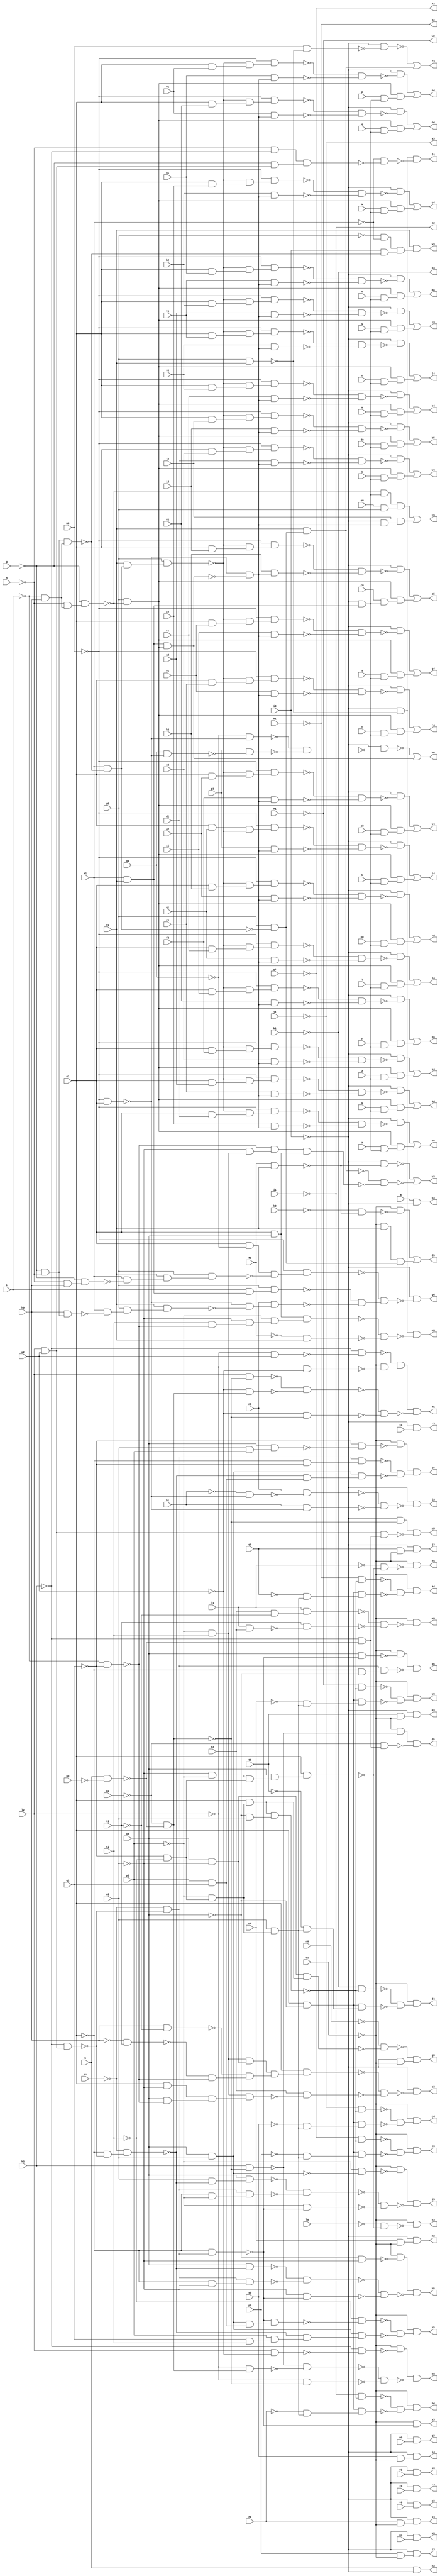
module x4 ( 
    a, b, g, h, i, k, l, m, n, o, p, q, r, s, t, u, v, w, x, y, z, a0, b0,
    c0, d0, e0, f0, g0, h0, i0, k0, l0, m0, n0, o0, p0, q0, r0, s0, t0, u0,
    v0, w0, x0, y0, z0, a1, b1, c1, d1, e1, f1, g1, h1, i1, j1, k1, l1, m1,
    n1, o1, p1, q1, r1, s1, t1, u1, v1, w1, x1, y1, z1, a2, b2, c2, d2, e2,
    f2, g2, h2, i2, j2, k2, l2, m2, n2, o2, p2, q2, r2, s2, t2, u2, v2,
    w2, x2, y2, z2, a3, b3, c3, d3, e3, f3, g3, h3, i3, j3, k3, l3, m3, n3,
    o3, p3, q3, r3, s3, t3, u3, v3, w3, x3, y3, z3, a4, b4, c4, d4, e4, f4,
    g4, h4, i4, j4, k4, l4, m4, n4, o4, p4, q4, r4, s4, t4, u4, v4, w4, x4,
    y4, z4, a5, b5, c5, d5, e5, f5, g5, h5, i5, j5, k5, l5, m5, n5, o5  );
  input  a, b, g, h, i, k, l, m, n, o, p, q, r, s, t, u, v, w, x, y, z,
    a0, b0, c0, d0, e0, f0, g0, h0, i0, k0, l0, m0, n0, o0, p0, q0, r0, s0,
    t0, u0, v0, w0, x0, y0, z0, a1, b1, c1, d1, e1, f1, g1, h1, i1, j1, k1,
    l1, m1, n1, o1, p1, q1, r1, s1, t1, u1, v1, w1, x1, y1, z1, a2, b2, c2,
    d2, e2, f2, g2, h2, i2, j2, k2, l2, m2, n2, o2, p2, q2, r2, s2, t2, u2,
    v2;
  output w2, x2, y2, z2, a3, b3, c3, d3, e3, f3, g3, h3, i3, j3, k3, l3, m3,
    n3, o3, p3, q3, r3, s3, t3, u3, v3, w3, x3, y3, z3, a4, b4, c4, d4, e4,
    f4, g4, h4, i4, j4, k4, l4, m4, n4, o4, p4, q4, r4, s4, t4, u4, v4, w4,
    x4, y4, z4, a5, b5, c5, d5, e5, f5, g5, h5, i5, j5, k5, l5, m5, n5, o5;
  wire new_n166_, new_n167_, new_n168_, new_n169_, new_n170_, new_n171_,
    new_n172_, new_n173_, new_n174_, new_n175_, new_n176_, new_n177_,
    new_n178_, new_n179_, new_n180_, new_n181_, new_n183_, new_n184_,
    new_n185_, new_n186_, new_n187_, new_n188_, new_n189_, new_n190_,
    new_n191_, new_n192_, new_n194_, new_n195_, new_n196_, new_n197_,
    new_n198_, new_n199_, new_n201_, new_n202_, new_n203_, new_n204_,
    new_n206_, new_n207_, new_n208_, new_n209_, new_n210_, new_n212_,
    new_n214_, new_n216_, new_n218_, new_n220_, new_n222_, new_n232_,
    new_n233_, new_n234_, new_n235_, new_n236_, new_n237_, new_n239_,
    new_n240_, new_n241_, new_n243_, new_n244_, new_n245_, new_n246_,
    new_n248_, new_n249_, new_n250_, new_n251_, new_n252_, new_n253_,
    new_n254_, new_n255_, new_n257_, new_n258_, new_n259_, new_n260_,
    new_n262_, new_n263_, new_n264_, new_n265_, new_n267_, new_n268_,
    new_n269_, new_n270_, new_n272_, new_n273_, new_n274_, new_n275_,
    new_n277_, new_n278_, new_n279_, new_n280_, new_n282_, new_n284_,
    new_n285_, new_n286_, new_n287_, new_n288_, new_n290_, new_n291_,
    new_n292_, new_n293_, new_n294_, new_n295_, new_n296_, new_n297_,
    new_n298_, new_n299_, new_n300_, new_n301_, new_n302_, new_n303_,
    new_n304_, new_n305_, new_n306_, new_n307_, new_n308_, new_n309_,
    new_n311_, new_n312_, new_n313_, new_n314_, new_n315_, new_n316_,
    new_n317_, new_n318_, new_n319_, new_n321_, new_n322_, new_n323_,
    new_n324_, new_n325_, new_n326_, new_n327_, new_n328_, new_n329_,
    new_n330_, new_n331_, new_n332_, new_n334_, new_n335_, new_n336_,
    new_n337_, new_n338_, new_n339_, new_n340_, new_n341_, new_n343_,
    new_n344_, new_n345_, new_n346_, new_n347_, new_n348_, new_n349_,
    new_n350_, new_n352_, new_n353_, new_n354_, new_n355_, new_n356_,
    new_n357_, new_n358_, new_n359_, new_n361_, new_n362_, new_n363_,
    new_n364_, new_n365_, new_n366_, new_n367_, new_n368_, new_n370_,
    new_n371_, new_n372_, new_n373_, new_n374_, new_n375_, new_n376_,
    new_n377_, new_n379_, new_n380_, new_n381_, new_n382_, new_n383_,
    new_n384_, new_n385_, new_n386_, new_n388_, new_n389_, new_n390_,
    new_n391_, new_n392_, new_n393_, new_n394_, new_n395_, new_n397_,
    new_n398_, new_n399_, new_n400_, new_n401_, new_n402_, new_n403_,
    new_n404_, new_n406_, new_n407_, new_n408_, new_n409_, new_n410_,
    new_n411_, new_n412_, new_n413_, new_n415_, new_n416_, new_n417_,
    new_n418_, new_n419_, new_n420_, new_n421_, new_n422_, new_n424_,
    new_n425_, new_n426_, new_n427_, new_n428_, new_n429_, new_n430_,
    new_n431_, new_n433_, new_n434_, new_n435_, new_n436_, new_n437_,
    new_n438_, new_n439_, new_n440_, new_n442_, new_n443_, new_n444_,
    new_n445_, new_n446_, new_n447_, new_n448_, new_n449_, new_n451_,
    new_n452_, new_n453_, new_n454_, new_n455_, new_n456_, new_n457_,
    new_n458_, new_n460_, new_n461_, new_n462_, new_n463_, new_n464_,
    new_n465_, new_n466_, new_n467_, new_n469_, new_n470_, new_n471_,
    new_n472_, new_n473_, new_n474_, new_n475_, new_n476_, new_n478_,
    new_n479_, new_n480_, new_n481_, new_n482_, new_n483_, new_n484_,
    new_n485_, new_n487_, new_n488_, new_n489_, new_n490_, new_n491_,
    new_n492_, new_n493_, new_n494_, new_n496_, new_n497_, new_n498_,
    new_n499_, new_n500_, new_n501_, new_n502_, new_n503_, new_n505_,
    new_n506_, new_n507_, new_n508_, new_n509_, new_n511_, new_n512_,
    new_n513_, new_n514_, new_n515_, new_n516_, new_n518_, new_n519_,
    new_n520_, new_n521_, new_n522_, new_n523_, new_n524_, new_n526_,
    new_n527_, new_n528_, new_n529_, new_n530_, new_n531_, new_n532_,
    new_n533_, new_n534_, new_n535_, new_n537_, new_n538_, new_n539_,
    new_n540_, new_n542_, new_n543_, new_n544_, new_n545_, new_n546_,
    new_n547_, new_n548_, new_n549_, new_n550_, new_n551_, new_n553_,
    new_n554_, new_n555_, new_n556_, new_n557_, new_n558_, new_n559_,
    new_n560_, new_n561_, new_n562_, new_n564_, new_n565_, new_n566_,
    new_n567_, new_n568_, new_n569_, new_n570_, new_n571_, new_n572_,
    new_n573_, new_n575_, new_n576_, new_n577_, new_n578_, new_n579_,
    new_n580_, new_n581_, new_n582_, new_n584_, new_n585_, new_n586_,
    new_n587_, new_n589_, new_n590_, new_n591_, new_n592_, new_n593_,
    new_n595_, new_n596_, new_n598_, new_n599_, new_n600_, new_n601_,
    new_n602_, new_n603_;
  assign new_n166_ = ~p2 & r2;
  assign new_n167_ = n2 & ~o2;
  assign new_n168_ = new_n166_ & new_n167_;
  assign new_n169_ = h0 & ~t2;
  assign new_n170_ = ~h0 & t2;
  assign new_n171_ = ~i & ~q2;
  assign new_n172_ = ~new_n170_ & ~new_n171_;
  assign new_n173_ = ~new_n169_ & new_n172_;
  assign new_n174_ = e1 & ~o2;
  assign new_n175_ = n2 & ~new_n171_;
  assign new_n176_ = new_n174_ & new_n175_;
  assign new_n177_ = new_n166_ & new_n176_;
  assign new_n178_ = new_n168_ & new_n173_;
  assign new_n179_ = e1 & new_n178_;
  assign new_n180_ = s2 & ~new_n177_;
  assign new_n181_ = ~new_n179_ & ~new_n180_;
  assign c3 = ~i0 & ~new_n181_;
  assign new_n183_ = ~g & ~h;
  assign new_n184_ = ~i & h0;
  assign new_n185_ = new_n183_ & new_n184_;
  assign new_n186_ = m1 & ~new_n185_;
  assign new_n187_ = f0 & v2;
  assign new_n188_ = ~k0 & ~new_n187_;
  assign new_n189_ = ~c1 & ~new_n188_;
  assign new_n190_ = ~c1 & v2;
  assign new_n191_ = g0 & ~new_n186_;
  assign new_n192_ = new_n190_ & new_n191_;
  assign d3 = new_n189_ | new_n192_;
  assign new_n194_ = ~o2 & ~p2;
  assign new_n195_ = ~q2 & ~r2;
  assign new_n196_ = new_n194_ & new_n195_;
  assign new_n197_ = n2 & new_n196_;
  assign new_n198_ = e1 & new_n197_;
  assign new_n199_ = ~l0 & ~new_n198_;
  assign e3 = ~c1 & ~new_n199_;
  assign new_n201_ = g0 & v2;
  assign new_n202_ = m0 & ~new_n201_;
  assign new_n203_ = ~i0 & ~new_n202_;
  assign new_n204_ = v2 & new_n191_;
  assign f3 = ~new_n203_ | new_n204_;
  assign new_n206_ = ~p2 & new_n195_;
  assign new_n207_ = e1 & new_n206_;
  assign new_n208_ = new_n167_ & new_n207_;
  assign new_n209_ = ~n0 & ~new_n208_;
  assign new_n210_ = ~i0 & ~c1;
  assign g3 = ~new_n209_ & new_n210_;
  assign new_n212_ = o0 & ~c1;
  assign h3 = ~i0 & new_n212_;
  assign new_n214_ = p0 & ~c1;
  assign i3 = ~i0 & new_n214_;
  assign new_n216_ = q0 & ~c1;
  assign j3 = ~i0 & new_n216_;
  assign new_n218_ = r0 & ~c1;
  assign k3 = ~i0 & new_n218_;
  assign new_n220_ = s0 & ~c1;
  assign l3 = ~i0 & new_n220_;
  assign new_n222_ = t0 & ~c1;
  assign m3 = ~i0 & new_n222_;
  assign n3 = b & ~i0;
  assign o3 = a & ~i0;
  assign p3 = ~i0 & v0;
  assign q3 = ~i0 & w0;
  assign r3 = ~i0 & x0;
  assign s3 = ~i0 & y0;
  assign t3 = ~i0 & z0;
  assign u3 = ~i0 & a1;
  assign new_n232_ = ~o2 & new_n166_;
  assign new_n233_ = ~i0 & ~new_n187_;
  assign new_n234_ = ~new_n171_ & new_n232_;
  assign new_n235_ = e1 & n2;
  assign new_n236_ = new_n234_ & new_n235_;
  assign new_n237_ = ~new_n204_ & ~new_n236_;
  assign v3 = ~new_n233_ | ~new_n237_;
  assign new_n239_ = ~g0 & ~m1;
  assign new_n240_ = i0 & ~new_n185_;
  assign new_n241_ = new_n239_ & new_n240_;
  assign w3 = v2 & new_n241_;
  assign new_n243_ = l2 & m2;
  assign new_n244_ = ~k2 & new_n243_;
  assign new_n245_ = ~d1 & ~new_n244_;
  assign new_n246_ = ~e1 & new_n245_;
  assign x3 = ~c1 & ~new_n246_;
  assign new_n248_ = o2 & new_n206_;
  assign new_n249_ = ~n2 & o2;
  assign new_n250_ = new_n207_ & new_n249_;
  assign new_n251_ = ~f1 & ~new_n250_;
  assign new_n252_ = e1 & ~n2;
  assign new_n253_ = ~o0 & new_n248_;
  assign new_n254_ = new_n252_ & new_n253_;
  assign new_n255_ = ~new_n251_ & ~new_n254_;
  assign y3 = ~c1 & new_n255_;
  assign new_n257_ = ~g1 & ~new_n250_;
  assign new_n258_ = ~p0 & new_n248_;
  assign new_n259_ = new_n252_ & new_n258_;
  assign new_n260_ = ~new_n257_ & ~new_n259_;
  assign z3 = ~c1 & new_n260_;
  assign new_n262_ = ~h1 & ~new_n250_;
  assign new_n263_ = ~q0 & new_n248_;
  assign new_n264_ = new_n252_ & new_n263_;
  assign new_n265_ = ~new_n262_ & ~new_n264_;
  assign a4 = ~c1 & new_n265_;
  assign new_n267_ = ~i1 & ~new_n250_;
  assign new_n268_ = ~r0 & new_n248_;
  assign new_n269_ = new_n252_ & new_n268_;
  assign new_n270_ = ~new_n267_ & ~new_n269_;
  assign b4 = ~c1 & new_n270_;
  assign new_n272_ = ~j1 & ~new_n250_;
  assign new_n273_ = ~s0 & new_n248_;
  assign new_n274_ = new_n252_ & new_n273_;
  assign new_n275_ = ~new_n272_ & ~new_n274_;
  assign c4 = ~c1 & new_n275_;
  assign new_n277_ = ~k1 & ~new_n250_;
  assign new_n278_ = ~t0 & new_n248_;
  assign new_n279_ = new_n252_ & new_n278_;
  assign new_n280_ = ~new_n277_ & ~new_n279_;
  assign d4 = ~c1 & new_n280_;
  assign new_n282_ = ~l1 & ~new_n198_;
  assign e4 = ~c1 & ~new_n282_;
  assign new_n284_ = ~h & ~k2;
  assign new_n285_ = ~g & new_n243_;
  assign new_n286_ = new_n284_ & new_n285_;
  assign new_n287_ = ~i0 & ~new_n201_;
  assign new_n288_ = ~m1 & ~new_n286_;
  assign f4 = new_n287_ & ~new_n288_;
  assign new_n290_ = e1 & ~o1;
  assign new_n291_ = ~h & h0;
  assign new_n292_ = ~g & new_n291_;
  assign new_n293_ = m1 & ~new_n292_;
  assign new_n294_ = v2 & new_n293_;
  assign new_n295_ = g0 & new_n294_;
  assign new_n296_ = m1 & v2;
  assign new_n297_ = ~m0 & e1;
  assign new_n298_ = h0 & new_n183_;
  assign new_n299_ = m1 & ~new_n298_;
  assign new_n300_ = g0 & new_n299_;
  assign new_n301_ = v2 & new_n300_;
  assign new_n302_ = ~new_n297_ & ~new_n301_;
  assign new_n303_ = new_n290_ & ~new_n295_;
  assign new_n304_ = ~m0 & new_n303_;
  assign new_n305_ = i & new_n296_;
  assign new_n306_ = g0 & new_n305_;
  assign new_n307_ = n1 & new_n302_;
  assign new_n308_ = ~new_n306_ & ~new_n307_;
  assign new_n309_ = ~new_n304_ & new_n308_;
  assign g4 = ~i0 & ~new_n309_;
  assign new_n311_ = ~h & new_n184_;
  assign new_n312_ = ~g & new_n311_;
  assign new_n313_ = ~o1 & ~new_n297_;
  assign new_n314_ = o1 & ~new_n297_;
  assign new_n315_ = p1 & ~new_n314_;
  assign new_n316_ = ~new_n313_ & ~new_n315_;
  assign new_n317_ = ~i0 & ~new_n316_;
  assign new_n318_ = g0 & ~new_n312_;
  assign new_n319_ = new_n296_ & new_n318_;
  assign h4 = ~new_n317_ | new_n319_;
  assign new_n321_ = ~i0 & new_n296_;
  assign new_n322_ = e1 & q1;
  assign new_n323_ = v2 & new_n186_;
  assign new_n324_ = g0 & new_n323_;
  assign new_n325_ = ~new_n297_ & ~new_n319_;
  assign new_n326_ = new_n322_ & ~new_n324_;
  assign new_n327_ = ~m0 & new_n326_;
  assign new_n328_ = p1 & new_n325_;
  assign new_n329_ = ~new_n327_ & ~new_n328_;
  assign new_n330_ = ~i0 & ~new_n329_;
  assign new_n331_ = k & new_n321_;
  assign new_n332_ = new_n318_ & new_n331_;
  assign i4 = new_n330_ | new_n332_;
  assign new_n334_ = e1 & r1;
  assign new_n335_ = ~new_n324_ & new_n334_;
  assign new_n336_ = ~m0 & new_n335_;
  assign new_n337_ = q1 & new_n325_;
  assign new_n338_ = ~new_n336_ & ~new_n337_;
  assign new_n339_ = ~i0 & ~new_n338_;
  assign new_n340_ = l & new_n321_;
  assign new_n341_ = new_n318_ & new_n340_;
  assign j4 = new_n339_ | new_n341_;
  assign new_n343_ = e1 & s1;
  assign new_n344_ = ~new_n324_ & new_n343_;
  assign new_n345_ = ~m0 & new_n344_;
  assign new_n346_ = r1 & new_n325_;
  assign new_n347_ = ~new_n345_ & ~new_n346_;
  assign new_n348_ = ~i0 & ~new_n347_;
  assign new_n349_ = m & new_n321_;
  assign new_n350_ = new_n318_ & new_n349_;
  assign k4 = new_n348_ | new_n350_;
  assign new_n352_ = e1 & t1;
  assign new_n353_ = ~new_n324_ & new_n352_;
  assign new_n354_ = ~m0 & new_n353_;
  assign new_n355_ = s1 & new_n325_;
  assign new_n356_ = ~new_n354_ & ~new_n355_;
  assign new_n357_ = ~i0 & ~new_n356_;
  assign new_n358_ = n & new_n321_;
  assign new_n359_ = new_n318_ & new_n358_;
  assign l4 = new_n357_ | new_n359_;
  assign new_n361_ = e1 & u1;
  assign new_n362_ = ~new_n324_ & new_n361_;
  assign new_n363_ = ~m0 & new_n362_;
  assign new_n364_ = t1 & new_n325_;
  assign new_n365_ = ~new_n363_ & ~new_n364_;
  assign new_n366_ = ~i0 & ~new_n365_;
  assign new_n367_ = o & new_n321_;
  assign new_n368_ = new_n318_ & new_n367_;
  assign m4 = new_n366_ | new_n368_;
  assign new_n370_ = e1 & v1;
  assign new_n371_ = ~new_n324_ & new_n370_;
  assign new_n372_ = ~m0 & new_n371_;
  assign new_n373_ = u1 & new_n325_;
  assign new_n374_ = ~new_n372_ & ~new_n373_;
  assign new_n375_ = ~i0 & ~new_n374_;
  assign new_n376_ = p & new_n321_;
  assign new_n377_ = new_n318_ & new_n376_;
  assign n4 = new_n375_ | new_n377_;
  assign new_n379_ = e1 & w1;
  assign new_n380_ = ~new_n324_ & new_n379_;
  assign new_n381_ = ~m0 & new_n380_;
  assign new_n382_ = v1 & new_n325_;
  assign new_n383_ = ~new_n381_ & ~new_n382_;
  assign new_n384_ = ~i0 & ~new_n383_;
  assign new_n385_ = q & new_n321_;
  assign new_n386_ = new_n318_ & new_n385_;
  assign o4 = new_n384_ | new_n386_;
  assign new_n388_ = e1 & x1;
  assign new_n389_ = ~new_n324_ & new_n388_;
  assign new_n390_ = ~m0 & new_n389_;
  assign new_n391_ = w1 & new_n325_;
  assign new_n392_ = ~new_n390_ & ~new_n391_;
  assign new_n393_ = ~i0 & ~new_n392_;
  assign new_n394_ = r & new_n321_;
  assign new_n395_ = new_n318_ & new_n394_;
  assign p4 = new_n393_ | new_n395_;
  assign new_n397_ = e1 & y1;
  assign new_n398_ = ~new_n324_ & new_n397_;
  assign new_n399_ = ~m0 & new_n398_;
  assign new_n400_ = x1 & new_n325_;
  assign new_n401_ = ~new_n399_ & ~new_n400_;
  assign new_n402_ = ~i0 & ~new_n401_;
  assign new_n403_ = s & new_n321_;
  assign new_n404_ = new_n318_ & new_n403_;
  assign q4 = new_n402_ | new_n404_;
  assign new_n406_ = e1 & z1;
  assign new_n407_ = ~new_n324_ & new_n406_;
  assign new_n408_ = ~m0 & new_n407_;
  assign new_n409_ = y1 & new_n325_;
  assign new_n410_ = ~new_n408_ & ~new_n409_;
  assign new_n411_ = ~i0 & ~new_n410_;
  assign new_n412_ = t & new_n321_;
  assign new_n413_ = new_n318_ & new_n412_;
  assign r4 = new_n411_ | new_n413_;
  assign new_n415_ = e1 & a2;
  assign new_n416_ = ~new_n324_ & new_n415_;
  assign new_n417_ = ~m0 & new_n416_;
  assign new_n418_ = z1 & new_n325_;
  assign new_n419_ = ~new_n417_ & ~new_n418_;
  assign new_n420_ = ~i0 & ~new_n419_;
  assign new_n421_ = u & new_n321_;
  assign new_n422_ = new_n318_ & new_n421_;
  assign s4 = new_n420_ | new_n422_;
  assign new_n424_ = e1 & b2;
  assign new_n425_ = ~new_n324_ & new_n424_;
  assign new_n426_ = ~m0 & new_n425_;
  assign new_n427_ = a2 & new_n325_;
  assign new_n428_ = ~new_n426_ & ~new_n427_;
  assign new_n429_ = ~i0 & ~new_n428_;
  assign new_n430_ = v & new_n321_;
  assign new_n431_ = new_n318_ & new_n430_;
  assign t4 = new_n429_ | new_n431_;
  assign new_n433_ = e1 & c2;
  assign new_n434_ = ~new_n324_ & new_n433_;
  assign new_n435_ = ~m0 & new_n434_;
  assign new_n436_ = b2 & new_n325_;
  assign new_n437_ = ~new_n435_ & ~new_n436_;
  assign new_n438_ = ~i0 & ~new_n437_;
  assign new_n439_ = w & new_n321_;
  assign new_n440_ = new_n318_ & new_n439_;
  assign u4 = new_n438_ | new_n440_;
  assign new_n442_ = e1 & d2;
  assign new_n443_ = ~new_n324_ & new_n442_;
  assign new_n444_ = ~m0 & new_n443_;
  assign new_n445_ = c2 & new_n325_;
  assign new_n446_ = ~new_n444_ & ~new_n445_;
  assign new_n447_ = ~i0 & ~new_n446_;
  assign new_n448_ = x & new_n321_;
  assign new_n449_ = new_n318_ & new_n448_;
  assign v4 = new_n447_ | new_n449_;
  assign new_n451_ = e1 & e2;
  assign new_n452_ = ~new_n324_ & new_n451_;
  assign new_n453_ = ~m0 & new_n452_;
  assign new_n454_ = d2 & new_n325_;
  assign new_n455_ = ~new_n453_ & ~new_n454_;
  assign new_n456_ = ~i0 & ~new_n455_;
  assign new_n457_ = y & new_n321_;
  assign new_n458_ = new_n318_ & new_n457_;
  assign w4 = new_n456_ | new_n458_;
  assign new_n460_ = e1 & f2;
  assign new_n461_ = ~new_n324_ & new_n460_;
  assign new_n462_ = ~m0 & new_n461_;
  assign new_n463_ = e2 & new_n325_;
  assign new_n464_ = ~new_n462_ & ~new_n463_;
  assign new_n465_ = ~i0 & ~new_n464_;
  assign new_n466_ = z & new_n321_;
  assign new_n467_ = new_n318_ & new_n466_;
  assign x4 = new_n465_ | new_n467_;
  assign new_n469_ = e1 & g2;
  assign new_n470_ = ~new_n324_ & new_n469_;
  assign new_n471_ = ~m0 & new_n470_;
  assign new_n472_ = f2 & new_n325_;
  assign new_n473_ = ~new_n471_ & ~new_n472_;
  assign new_n474_ = ~i0 & ~new_n473_;
  assign new_n475_ = a0 & new_n321_;
  assign new_n476_ = new_n318_ & new_n475_;
  assign y4 = new_n474_ | new_n476_;
  assign new_n478_ = e1 & h2;
  assign new_n479_ = ~new_n324_ & new_n478_;
  assign new_n480_ = ~m0 & new_n479_;
  assign new_n481_ = g2 & new_n325_;
  assign new_n482_ = ~new_n480_ & ~new_n481_;
  assign new_n483_ = ~i0 & ~new_n482_;
  assign new_n484_ = b0 & new_n321_;
  assign new_n485_ = new_n318_ & new_n484_;
  assign z4 = new_n483_ | new_n485_;
  assign new_n487_ = e1 & i2;
  assign new_n488_ = ~new_n324_ & new_n487_;
  assign new_n489_ = ~m0 & new_n488_;
  assign new_n490_ = h2 & new_n325_;
  assign new_n491_ = ~new_n489_ & ~new_n490_;
  assign new_n492_ = ~i0 & ~new_n491_;
  assign new_n493_ = c0 & new_n321_;
  assign new_n494_ = new_n318_ & new_n493_;
  assign a5 = new_n492_ | new_n494_;
  assign new_n496_ = e1 & j2;
  assign new_n497_ = ~new_n324_ & new_n496_;
  assign new_n498_ = ~m0 & new_n497_;
  assign new_n499_ = i2 & new_n325_;
  assign new_n500_ = ~new_n498_ & ~new_n499_;
  assign new_n501_ = ~i0 & ~new_n500_;
  assign new_n502_ = d0 & new_n321_;
  assign new_n503_ = new_n318_ & new_n502_;
  assign b5 = new_n501_ | new_n503_;
  assign new_n505_ = ~new_n312_ & new_n321_;
  assign new_n506_ = e0 & g0;
  assign new_n507_ = new_n505_ & new_n506_;
  assign new_n508_ = ~i0 & new_n325_;
  assign new_n509_ = j2 & new_n508_;
  assign c5 = new_n507_ | new_n509_;
  assign new_n511_ = b & ~u0;
  assign new_n512_ = ~u2 & ~new_n511_;
  assign new_n513_ = k2 & ~new_n512_;
  assign new_n514_ = ~c1 & ~new_n513_;
  assign new_n515_ = ~k2 & ~new_n511_;
  assign new_n516_ = ~u2 & new_n515_;
  assign d5 = new_n514_ & ~new_n516_;
  assign new_n518_ = l2 & ~m2;
  assign new_n519_ = ~k2 & ~new_n518_;
  assign new_n520_ = ~c1 & ~new_n519_;
  assign new_n521_ = ~l2 & new_n512_;
  assign new_n522_ = ~new_n513_ & ~new_n521_;
  assign new_n523_ = ~l2 & ~new_n512_;
  assign new_n524_ = ~new_n522_ & ~new_n523_;
  assign e5 = new_n520_ & ~new_n524_;
  assign new_n526_ = ~l2 & m2;
  assign new_n527_ = ~k2 & ~new_n526_;
  assign new_n528_ = ~l2 & ~m2;
  assign new_n529_ = ~c1 & ~new_n528_;
  assign new_n530_ = ~new_n527_ & new_n529_;
  assign new_n531_ = l2 & ~new_n512_;
  assign new_n532_ = ~m2 & new_n512_;
  assign new_n533_ = ~new_n531_ & ~new_n532_;
  assign new_n534_ = ~m2 & ~new_n512_;
  assign new_n535_ = ~new_n533_ & ~new_n534_;
  assign f5 = new_n530_ & ~new_n535_;
  assign new_n537_ = n2 & ~new_n246_;
  assign new_n538_ = ~c1 & ~new_n537_;
  assign new_n539_ = ~e1 & ~n2;
  assign new_n540_ = new_n245_ & new_n539_;
  assign g5 = new_n538_ & ~new_n540_;
  assign new_n542_ = ~e1 & ~new_n244_;
  assign new_n543_ = ~d1 & new_n542_;
  assign new_n544_ = ~n2 & ~o2;
  assign new_n545_ = ~c1 & ~new_n544_;
  assign new_n546_ = n2 & ~new_n543_;
  assign new_n547_ = ~e1 & ~o2;
  assign new_n548_ = new_n245_ & new_n547_;
  assign new_n549_ = ~new_n546_ & ~new_n548_;
  assign new_n550_ = ~o2 & ~new_n246_;
  assign new_n551_ = ~new_n549_ & ~new_n550_;
  assign h5 = new_n545_ & ~new_n551_;
  assign new_n553_ = n2 & o2;
  assign new_n554_ = ~p2 & ~new_n553_;
  assign new_n555_ = ~c1 & ~new_n554_;
  assign new_n556_ = o2 & ~new_n543_;
  assign new_n557_ = n2 & new_n556_;
  assign new_n558_ = ~e1 & ~p2;
  assign new_n559_ = new_n245_ & new_n558_;
  assign new_n560_ = ~new_n557_ & ~new_n559_;
  assign new_n561_ = ~p2 & ~new_n246_;
  assign new_n562_ = ~new_n560_ & ~new_n561_;
  assign i5 = new_n555_ & ~new_n562_;
  assign new_n564_ = p2 & q2;
  assign new_n565_ = o2 & p2;
  assign new_n566_ = n2 & new_n565_;
  assign new_n567_ = ~q2 & ~new_n566_;
  assign new_n568_ = ~c1 & ~new_n567_;
  assign new_n569_ = ~e1 & ~q2;
  assign new_n570_ = new_n245_ & new_n569_;
  assign new_n571_ = ~new_n543_ & new_n564_;
  assign new_n572_ = new_n553_ & new_n571_;
  assign new_n573_ = ~new_n570_ & ~new_n572_;
  assign j5 = new_n568_ & new_n573_;
  assign new_n575_ = q2 & r2;
  assign new_n576_ = p2 & new_n575_;
  assign new_n577_ = new_n553_ & new_n564_;
  assign new_n578_ = ~new_n246_ & new_n577_;
  assign new_n579_ = ~r2 & ~new_n578_;
  assign new_n580_ = ~new_n543_ & new_n576_;
  assign new_n581_ = new_n553_ & new_n580_;
  assign new_n582_ = ~new_n579_ & ~new_n581_;
  assign k5 = ~c1 & new_n582_;
  assign new_n584_ = ~b1 & ~new_n297_;
  assign new_n585_ = n1 & ~new_n584_;
  assign new_n586_ = b1 & ~new_n297_;
  assign new_n587_ = ~new_n585_ & ~new_n586_;
  assign l5 = ~i0 & ~new_n587_;
  assign new_n589_ = s2 & ~t2;
  assign new_n590_ = l1 & new_n589_;
  assign new_n591_ = l1 & s2;
  assign new_n592_ = t2 & ~new_n591_;
  assign new_n593_ = ~new_n590_ & ~new_n592_;
  assign m5 = ~c1 & ~new_n593_;
  assign new_n595_ = ~i0 & ~new_n512_;
  assign new_n596_ = new_n243_ & new_n515_;
  assign n5 = new_n595_ & ~new_n596_;
  assign new_n598_ = r2 & ~new_n171_;
  assign new_n599_ = ~o2 & new_n598_;
  assign new_n600_ = ~p2 & new_n599_;
  assign new_n601_ = new_n235_ & new_n600_;
  assign new_n602_ = ~f0 & v2;
  assign new_n603_ = ~new_n601_ & ~new_n602_;
  assign o5 = new_n287_ & ~new_n603_;
  assign w2 = ~f1;
  assign x2 = ~g1;
  assign y2 = ~h1;
  assign z2 = ~i1;
  assign a3 = ~j1;
  assign b3 = ~k1;
endmodule